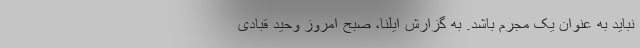
نباید به عنوان یک مجرم باشد. به گزارش ایلنا، صبح امروز وحید قبادی